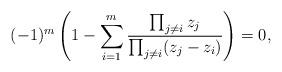
LaTeX: \begin{align*}(-1)^m\left(1-\sum_{i=1}^m\frac{\prod_{j\neq i} z_j}{\prod_{j\neq i}(z_j-z_i)}\right)=0,\end{align*}